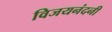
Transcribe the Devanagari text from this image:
विजयनंदनी